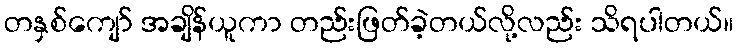
တနှစ်ကျော် အချိန်ယူကာ တည်းဖြတ်ခဲ့တယ်လို့လည်း သိရပါတယ်။